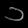
Digit: ၁